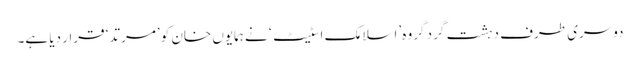
دوسری طرف دہشت گرد گروہ ’اسلامک اسٹیٹ‘ نے ہمایوں خان کو ’مرتد‘ قرار دیا ہے۔